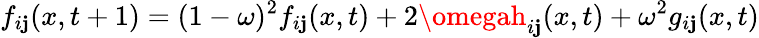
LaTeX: f_{i\mathbf{j}}(x,t+1)=(1-\omega)^{2}f_{i\mathbf{j}}(x,t)+2\omegah_{i\mathbf{j}}(x,t)+\omega^{2}g_{i\mathbf{j}}(x,t)